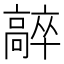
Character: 𩫛